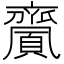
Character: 𪗎